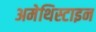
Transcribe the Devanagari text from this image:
अमेथिस्टाइन